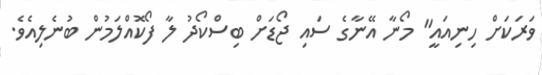
ވަރަކަށް ހިނިއައީ" މޯނާ އޭނާގެ ސައި ޖޯޑަށް ބިސްކޯދު ލާ ފޯކޮއްލަމުން ބުނެލިއެވެ.